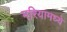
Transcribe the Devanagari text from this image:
मरियामध्ये